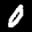
Digit: 0